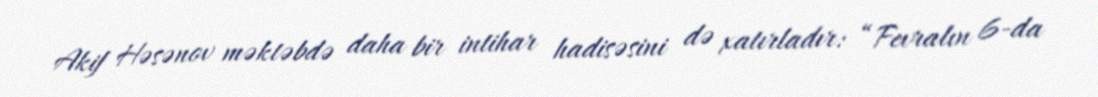
Akif Həsənov məktəbdə daha bir intihar hadisəsini də xatırladır: “Fevralın 6-da